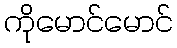
ကိုမောင်မောင်